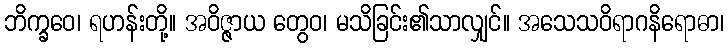
ဘိက္ခဝေ၊ ရဟန်းတို့။ အဝိဇ္ဇာယ တွေဝ၊ မသိခြင်း၏သာလျှင်။ အသေသဝိရာဂနိရောဓာ၊